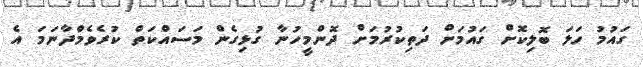
ގައުމު ހަލަ ބޮލިކޮށް ގައުމަށް ދަތިކުރުމަށް ދޮންމީހުނާ ގުޅިގެން މަސައްކަތް ކުރެވެމުްދާނަމަ އެ